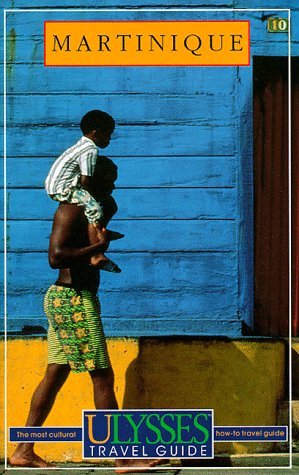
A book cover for Ulysses Travel Guide Martinique; Claude Morneau; Travel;